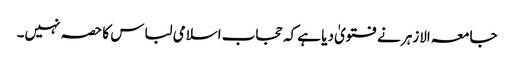
جامعہ الازہر نے فتویٰ دیا ہے کہ حجاب اسلامی لباس کا حصہ نہیں۔